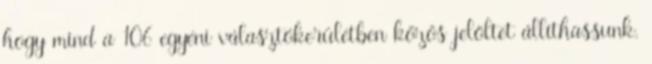
hogy mind a 106 egyéni választókerületben közös jelöltet állíthassunk.